Insane asylums Bombay 1873-77 - 1873-1877
Year: 1873
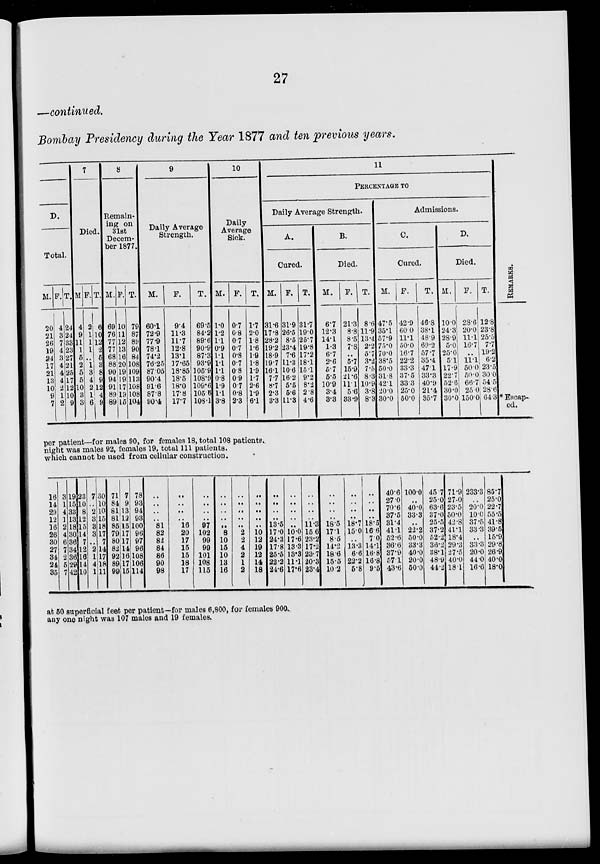
27
—continued.
Bombay Presidency during the Year 1877 and ten previous years.
D.
Total.
M.
20
21
26
19
24
17
21
13
10
9
7
F.
4
3
7
4
3
4
4
4
2
1
2
T.
24
24
33
23
27
21
25
17
12
10
9
7
Died.
M.
4
9
11
1
5
2
5
5
10
3
3
F.
2
1
1
1
..
1
3
4
2
1
6
T.
6
10
12
2
5
3
8
9
12
4
9
8
Remain-
ing on
31st
Decem-
ber 1877.
M.
69
76
77
77
68
88
90
94
91
89
89
F.
10
11
12
13
16
20
19
19
17
19
15
T.
79
87
89
90
84
108
109
113
108
108
104
9
Daily Average
Strength.
M.
60.1
72.9
77.9
78.1
74.2
76.25
87.05
90.4
91.6
87.8
90.4
F.
9.4
11.3
11.7
12.8
13.1
17.65
18.85
18.5
18.0
17.8
17.7
T.
69.5
84.2
89.6
90.9
87.3
93.9
105.9
108.9
109.6
105.6
108.1
10
Daily
Average
Sick.
M.
1.0
1.2
1.1
0.9
1.1
1.1
1.1
0.8
1.9
1.1
3.8
F.
0.7
0.8
0.7
0.7
0.8
0.7
0.8
0.9
0.7
0.8
2.3
T.
1.7
2.0
1.8
1.6
1.9
1.8
1.9
1.7
2.6
1.9
6.1
11
PERCENTAGE TO
Daily Average Strength.
A.
Cured.
M.
31.6
17.8
28.2
19.2
18.9
19.7
16.1
7.7
8.7
2.3
3.3
F.
31.9
26.5
8.5
23.4
7.6
11.3
10.6
16.2
5.5
5.6
11.3
T.
31.7
19.0
25.7
19.8
17.2
18.1
15.1
9.2
8.2
2.8
4.6
B.
Died.
M.
6.7
12.3
14.1
1.3
6.7
2.6
5.7
5.5
10.9
3.4
3.3
F.
21.3
8.8
8.5
7.8
..
5.7
15.9
21.6
11.1
5.6
33.9
T.
8.6
11.9
13.4
2.2
5.7
3.2
7.5
8.3
10.9
3.8
8.3
Admissions.
C.
Cured.
M.
47.5
35.1
57.9
75.0
70.0
38.5
50.0
31.8
42.1
20.0
30.0
F.
42.9
60.0
11.1
50.0
16.7
22.2
33.3
37.5
33.3
25.0
50.0
T.
46.8
38.1
48.9
69.2
57.7
35.4
47.1
33.3
40.9
21.4
35.7
D.
Died.
M.
10.0
24.3
28.9
5.0
25.0
5.1
17.9
22.7
52.6
30.0
30.0
F.
28.6
20.0
11.1
16.7
..
11.1
50.0
50.0
66.7
25.0
150.0
T.
12.8
23.8
25.5
7.7
19.2
6.2
23.5
30.0
54.5
28.6
64.3
REMARKS.
* Escap-
ed.
per patient—for males 90, for females 18, total 108 patients.
night was males 92, females 19, total 111 patients.
which cannot be used from cellular construction.
16
14
29
12
16
26
30
27
34
24
35
3
1
4
1
2
4
6
7
2
5
7
19
15
33
13
18
30
36
34
36
29
42
23
10
8
12
15
14
7
12
16
14
10
7
..
2
3
3
3
..
2
1
4
1
30
10
10
15
18
17
7
14
17
18
11
71
84
81
81
85
79
80
82
92
89
99
7
9
13
12
15
17
17
14
16
17
15
78
93
94
93
100
96
97
96
108
106
114
..
..
..
..
81
82
82
84
86
90
98
..
..
..
..
16
20
17
15
15
18
17
..
..
..
..
97
102
99
99
101
108
115
..
..
..
..
..
8
10
15
10
13
16
..
..
..
..
..
2
2
4
2
1
2
..
..
..
..
..
10
12
19
12
14
18
..
..
..
..
13.5
17.0
24.3
17.8
25.5
22.2
24.6
..
..
..
..
..
10.0
17.6
13.3
13.3
11.1
17.6
..
..
..
..
11.3
15.6
23.2
17.2
23.7
20.3
23.4
..
..
..
..
18.5
17.1
8.5
14.2
18.6
15.5
10.2
..
..
..
..
18.7
15.0
..
13.3
6.6
22.2
5.8
..
..
..
..
18.5
16.6
7.0
14.1
16.8
16.8
9.5
40.6
27.0
70.6
37.5
31.4
41.1
52.6
36.6
37.9
57.1
43.6
100.0
..
40.0
33.3
..
22.2
50.0
33.3
40.0
20.0
50.0
45.7
25.0
63.6
37.0
25.5
37.2
52.2
36.2
38.1
48.9
44.2
71.9
27.0
23.5
50.0
42.8
41.1
18.4
29.3
27.5
40.0
18.1
233.3
..
20.0
10.0
37.5
33.3
..
33.3
20.0
44.0
16.6
85.7
25.0
22.7
55.5
41.8
39.5
15.9
29.8
26.9
40.0
18.0
at 50 superficial feet per patient—for males 6,800, for females 900.
any one night was 107 males and 19 females.